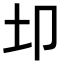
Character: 𫭘